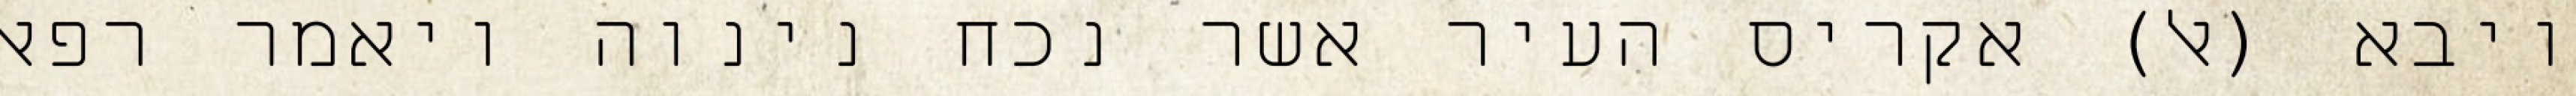
ויבא (אל) אקריס העיר אשר נכח נינוה ויאמר רפאל